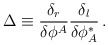
\begin{align*}\Delta \equiv{\delta_r\over\delta\phi^A}{\delta_l\over\delta\phi^\ast_A}\,.\end{align*}